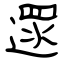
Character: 遝